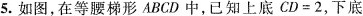
5.如图，在等腰梯形ABCD中，已知上底$$C D = 2$$，下底